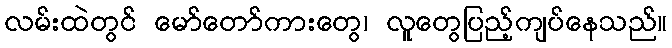
လမ်းထဲတွင် မော်တော်ကားတွေ၊ လူတွေပြည့်ကျပ်နေသည်။